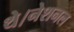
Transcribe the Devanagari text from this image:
थे।नेशनल